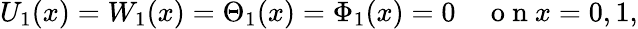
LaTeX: U_{1}(x)=W_{1}(x)=\Theta_{1}(x)=\Phi_{1}(x)=0\quad\mathrm{~o~n~}x=0,1,